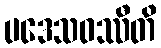
ပဒေသဝဿီတိ